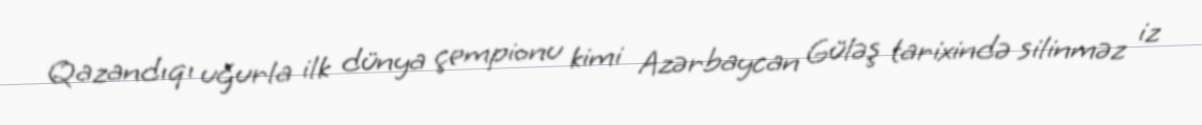
Qazandıqı uğurla ilk dünya çempionu kimi Azərbaycan Güləş tarixində silinməz iz